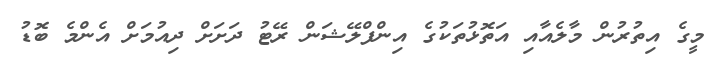
މީގެ އިތުރުން މާލެއާއި އަތޮޅުތަކުގެ އިންފްލޭޝަން ރޭޓު ދަށަށް ދިއުމަށް އެންމެ ބޮޑު